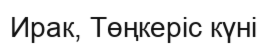
Ирак, Төңкерiс күнi